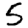
Digit: 5